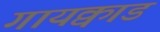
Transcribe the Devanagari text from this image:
गायक्वाड